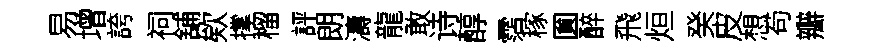
易增誇祠舖欸撑榴評朗濤龍敢诗醇霑稼圎醉飛烜癸皮想苟瓣